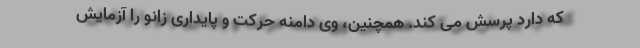
که دارد پرسش می کند. همچنین، وی دامنه حرکت و پایداری زانو را آزمایش